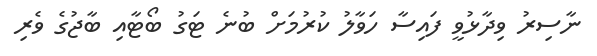
ނާސިރު ވިދާޅުވީ ފައިސާ ހަވާލު ކުރުމަށް ބުނެ ޓަގު ބޯޓާއި ބާޖުގެ ވެރި